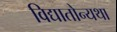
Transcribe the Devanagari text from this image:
विद्यातोन्यथा